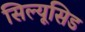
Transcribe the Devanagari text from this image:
सिल्यूसिड